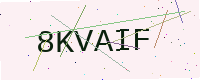
Text: 8KVAIF